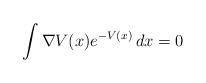
LaTeX: \begin{align*} \int \nabla V(x)e^{-V(x)}\,dx = 0 \end{align*}